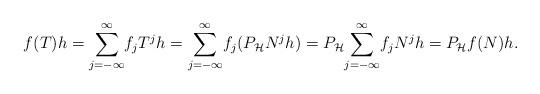
LaTeX: \begin{align*}f(T)h=\overset{\infty}{\underset{j=-\infty}{\sum}}f_jT^jh=\overset{\infty}{\underset{j=-\infty}{\sum}}f_j(P_\mathcal{H}N^jh)=P_\mathcal{H}\overset{\infty}{\underset{j=-\infty}{\sum}}f_jN^jh=P_\mathcal{H}f(N)h.\end{align*}